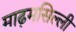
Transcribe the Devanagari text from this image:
माढ़मसिल्ली